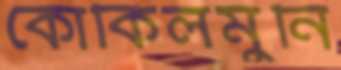
কোকিলমুনি